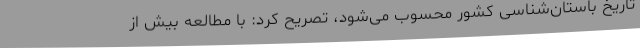
تاریخ باستان‌شناسی کشور محسوب می‌شود، تصریح کرد: با مطالعه بیش از